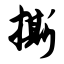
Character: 撕